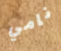
نامي